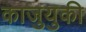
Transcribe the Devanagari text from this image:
काजुयुकी